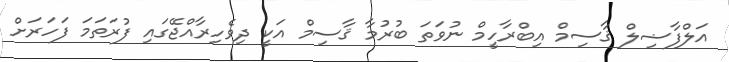
އަލްފާޟިލް ޤާސިމް އިބްރާހީމް ނުވަތަ ބުރުމާ ޤާސިމް އަކީ ދިވެހިރާއްޖޭގައި ފުރަތަމަ ފަހަރަށް